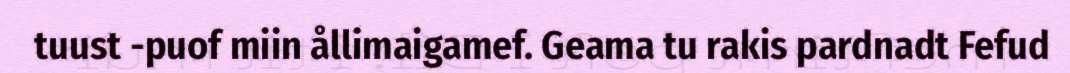
tuust -puof miin ållimaigamef. Geama tu rakis pardnadt Fefud